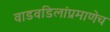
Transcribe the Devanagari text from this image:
वाडवडिलांप्रमाणेच